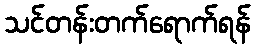
သင်တန်းတက်ရောက်ရန်